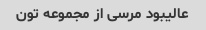
عالیبود مرسی از مجموعه تون